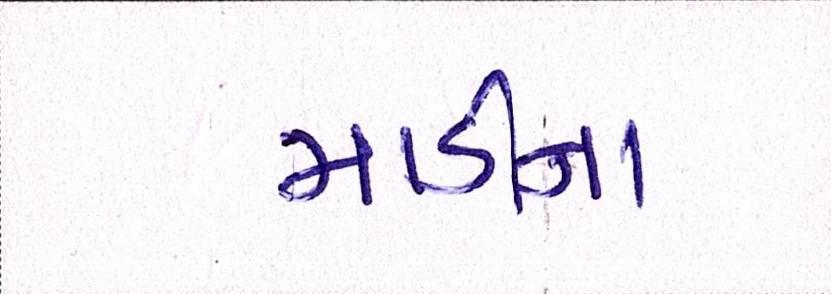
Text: માડીના